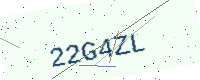
Text: 22G4ZL